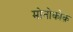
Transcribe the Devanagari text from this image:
मोनोकोक़